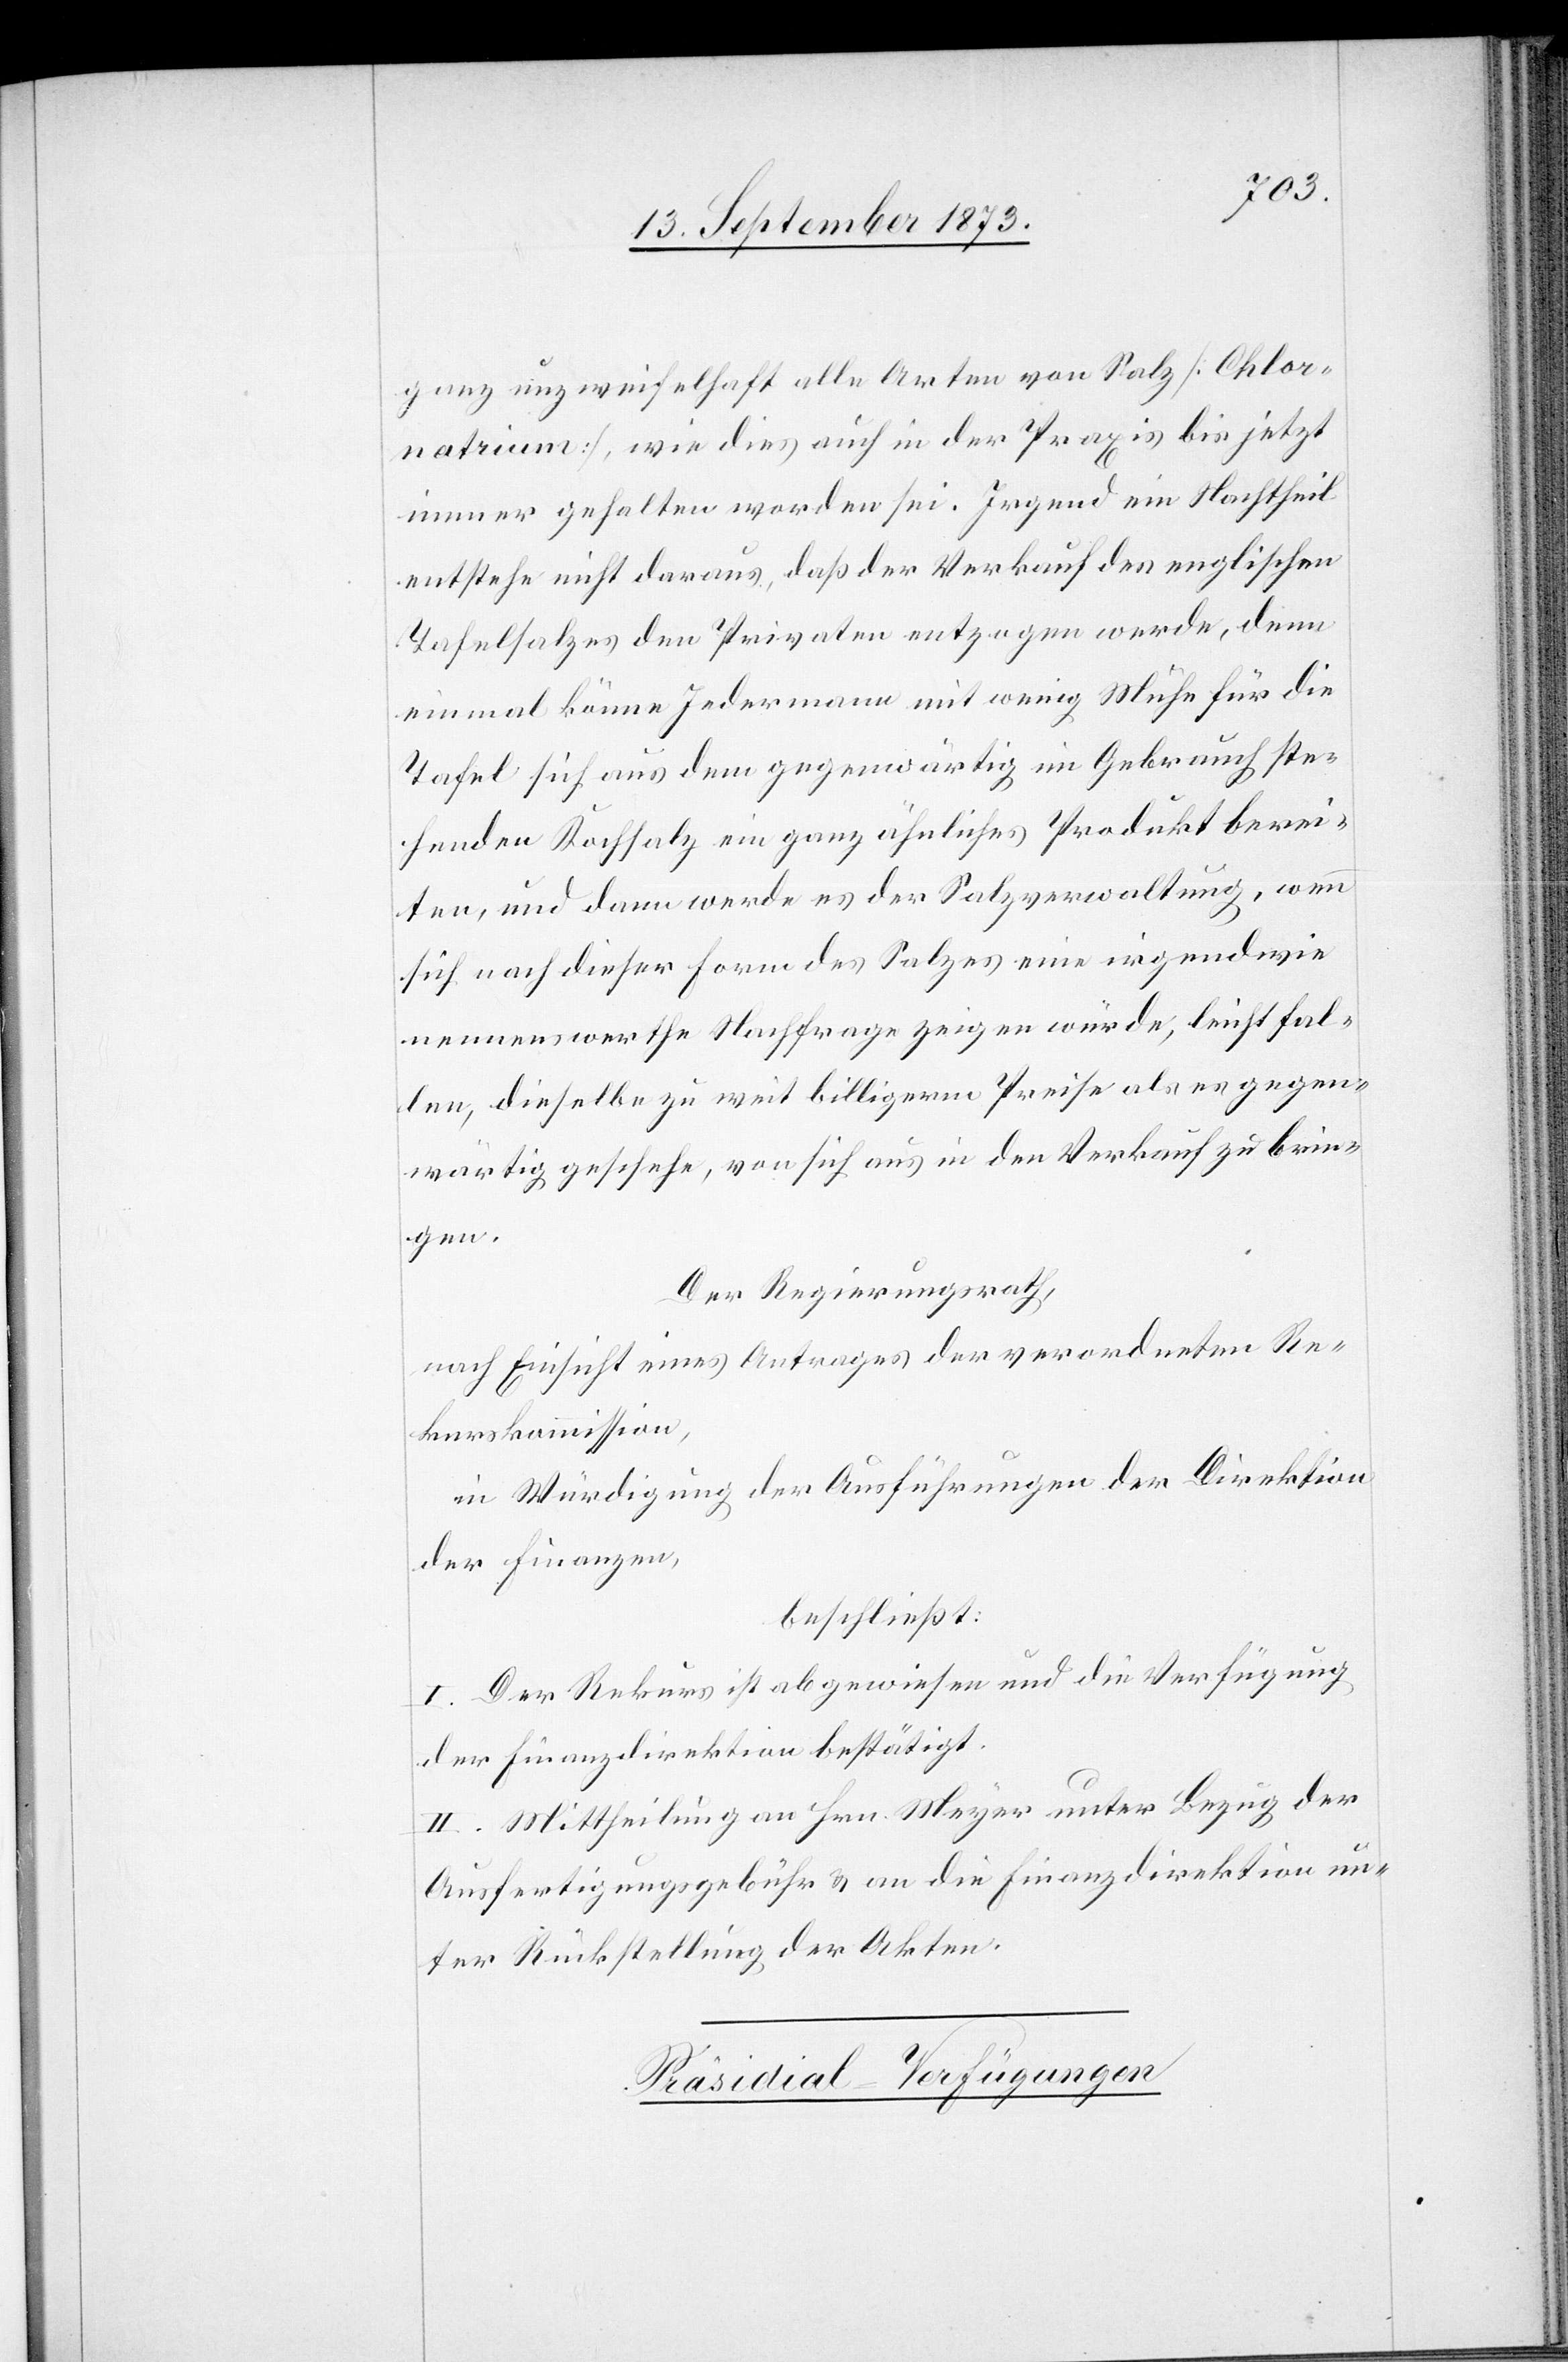
ganz unzweifelhaft alle Arten von Salz [Chlor¬
natrium], wie dies auch in der Praxis bis jetzt
immer gehalten worden sei. Irgend ein Nachtheil
entstehe nicht daraus, daß der Verkauf des englischen
Tafelsalzes den Privaten entzogen werde, denn
einmal könne Jedermann mit wenig Mühe für die
Tafel sich aus dem gegenwärtig im Gebrauch ste¬
henden Kochsalz ein ganz ähnliches Produkt berei¬
ten, und dann werde es der Salzverwaltung, wenn
sich nach dieser Form des Salzes eine irgendwie
nennenswerthe Nachfrage zeigen würde, leicht fal¬
len, dieselbe zu weit billigerm Preise als es gegen¬
wärtig geschehe, von sich aus in den Verkauf zu brin¬
gen.
Der Regierungsrath,
nach Einsicht eines Antrages der verordneten Re¬
kurskommission,
in Würdigung der Ausführungen der Direktion
der Finanzen,
beschließt:
I. Der Rekurs ist abgewiesen und die Verfügung
der Finanzdirektion bestätigt.
II. Mittheilung an Hrn. Meyer unter Bezug der
Ausfertigungsgebühr & an die Finanzdirektion un¬
ter Rückstellung der Akten.
Präsidial-Verfügungen